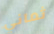
ثماني